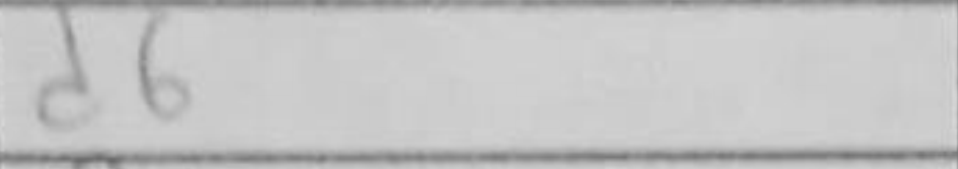
Transcription: d6